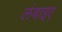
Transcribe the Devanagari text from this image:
लंबाइए